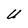
Character: U